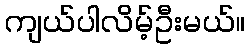
ကျယ်ပါလိမ့်ဦးမယ်။